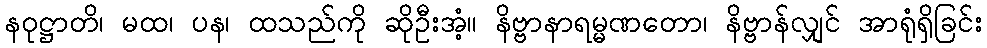
နဝုဋ္ဌာတိ၊ မထ၊ ပန၊ ထသည်ကို ဆိုဦးအံ့။ နိဗ္ဗာနာရမ္မဏတော၊ နိဗ္ဗာန်လျှင် အာရုံရှိခြင်း